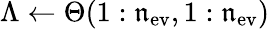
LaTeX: \Lambda\leftarrow\Theta(1:\mathfrak{n}_{\mathrm{{ev}}},1:\mathfrak{n}_{\mathrm{{ev}}})